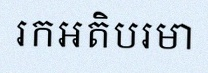
រកអតិបរមា